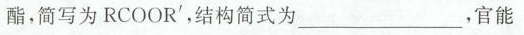
酯，简写为RCOOR'，结构简式为____，官能